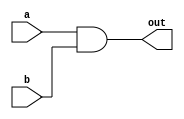
// This program was cloned from: https://github.com/viduraakalanka/HDL-Bits-Solutions
// License: The Unlicense

module top_module( 
    input a, 
    input b, 
    output out );
	
    assign out = a & b;	// & : Bit-wise and operator
    
endmodule